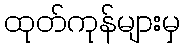
ထုတ်ကုန်များမှ